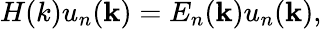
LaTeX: H(k)u_{n}(\mathbf{k})=E_{n}(\mathbf{k})u_{n}(\mathbf{k}),